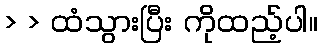
> > ထံသွားပြီး ကိုထည့်ပါ။